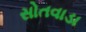
સોતવાડા